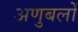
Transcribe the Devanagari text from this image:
अणुबलों